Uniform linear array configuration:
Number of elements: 64
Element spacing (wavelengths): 0.75
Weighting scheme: kaiser
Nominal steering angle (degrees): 30
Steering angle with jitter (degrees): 29.451
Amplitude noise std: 0.05
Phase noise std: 0.05

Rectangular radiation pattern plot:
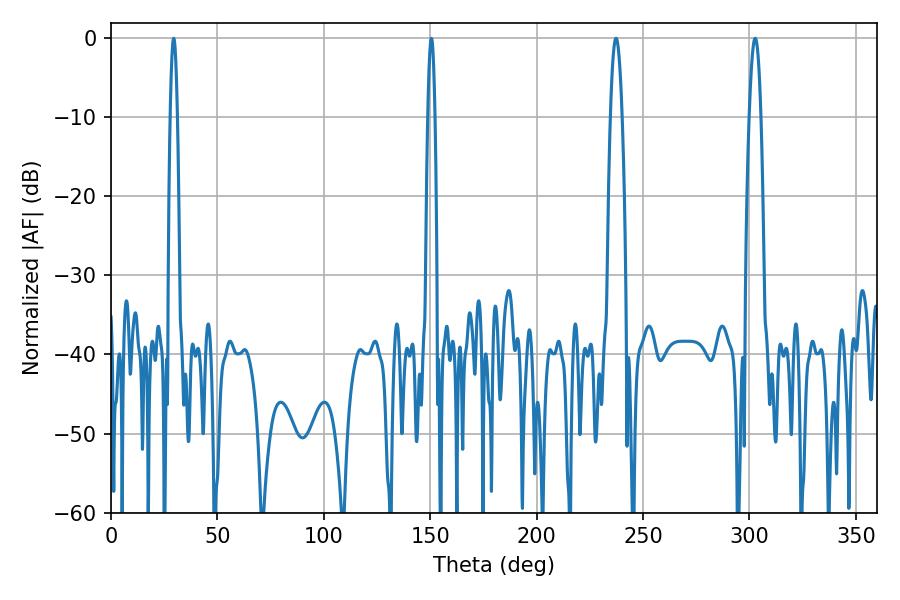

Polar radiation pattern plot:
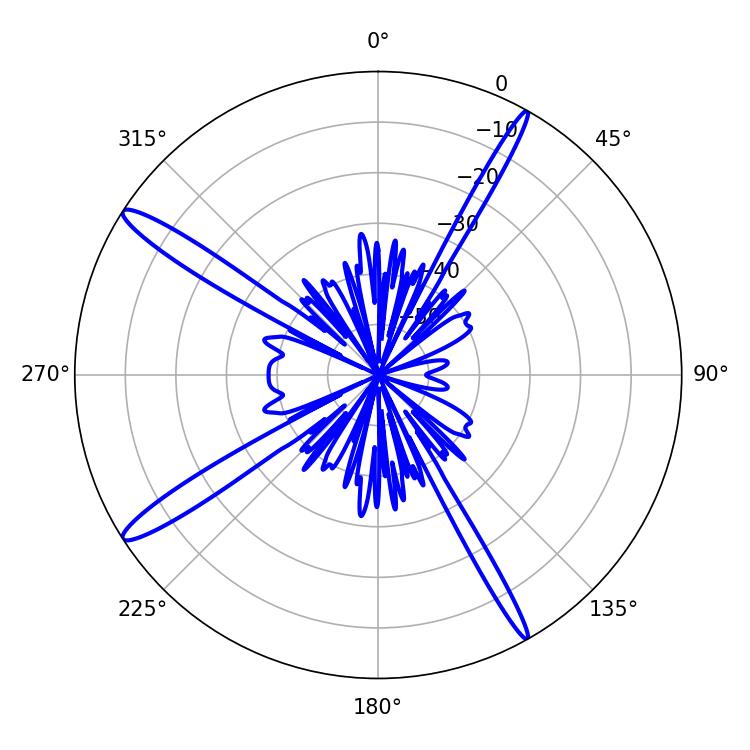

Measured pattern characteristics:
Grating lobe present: TRUE
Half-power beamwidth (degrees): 3.06
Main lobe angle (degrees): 302.76